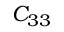
C _ { 3 3 }